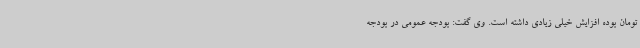
تومان بوده افزایش خیلی زیادی داشته است. وی گفت: بودجه عمومی در بودجه